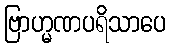
ဗြာဟ္မဏပရိသာပေ